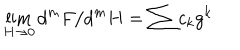
LaTeX: \lim _ { H \rightarrow 0 } d ^ { m } F / d ^ { m } H = \sum c _ { k } g ^ { k }